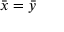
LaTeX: { \bar { x } } = { \bar { y } }